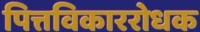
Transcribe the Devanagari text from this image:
पित्तविकाररोधक